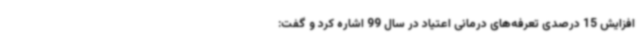
افزایش 15 درصدی تعرفه‌های درمانی اعتیاد در سال 99 اشاره کرد و گفت: